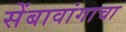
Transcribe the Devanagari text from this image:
सेंबावांगाचा